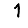
Digit: 1